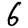
Digit: 6